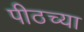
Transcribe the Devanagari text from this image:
पीठच्या